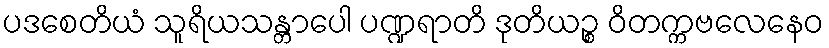
ပဒစေတိယံ သူရိယသန္တာပေါ ပဏ္ဍရာတိ ဒုတိယဉ္စ ဝိတက္ကဗလေနေဝ